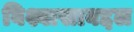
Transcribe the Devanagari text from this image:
विश्वासाबद्दल